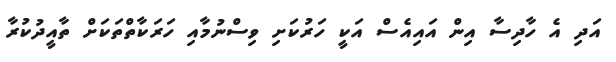
އަދި އެ ހާދިސާ އިން އައިއެސް އަކީ ހަރުކަށި ވިސްނުމާއި ހަރަކާތްތަކަށް ތާއީދުކުރާ